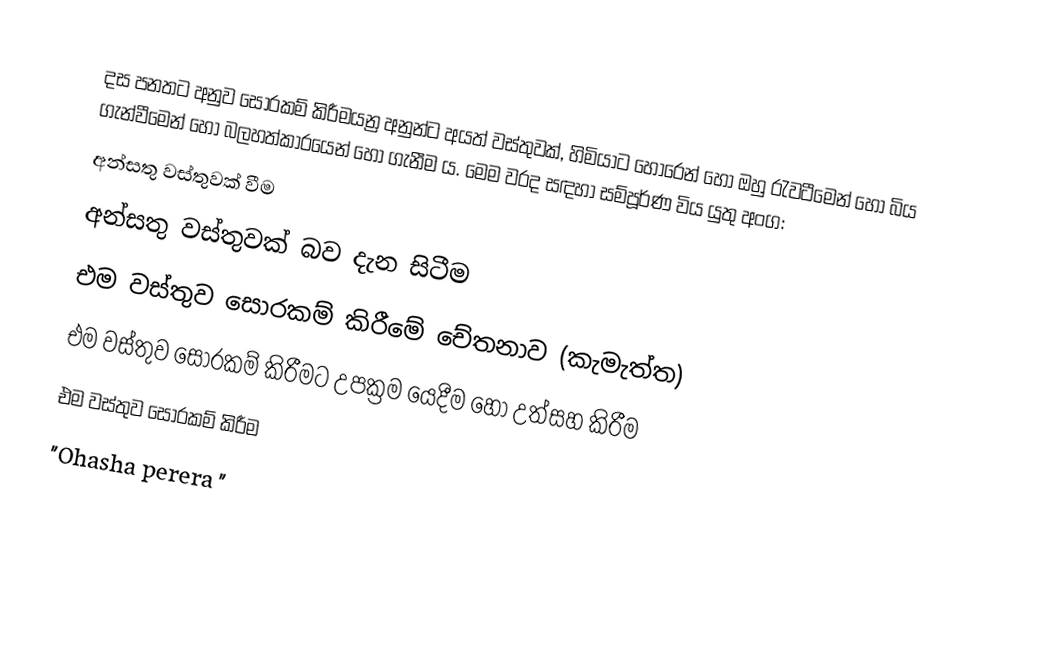
දස පනතට අනුව සොරකම් කිරීමයන්‍ර අනුන්ට අයත් වස්තුවක්, හිමියාට හොරෙන් හෝ ඔහු රැවටීමෙන් හෝ බිය ගැන්වීමෙන් හෝ බලහත්කාරයෙන් හෝ ගැනීම ය. මෙම වරද සඳහා සම්පූර්ණ විය යුතු අංග:
 අන්සතු වස්තුවක් වීම
 අන්සතු වස්තුවක් බව දැන සිටීම
 එම වස්තුව සොරකම් කිරීමේ චේතනාව (කැමැත්ත)
 එම වස්තුව සොරකම් කිරීමට උපක්‍රම යෙදීම හෝ උත්සහ කිරීම
 එම වස්තුව සොරකම් කිරීම
"Ohasha perera "